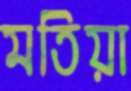
মতিয়া